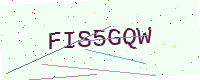
Text: FIS5GQW